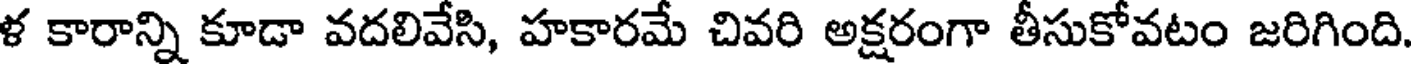
ళ కారాన్ని కూడా వదలివేసి, హకారమే చివరి అక్షరంగా తీసుకోవటం జరిగింది